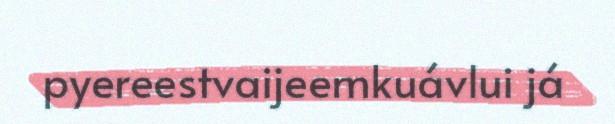
pyereestvaijeemkuávlui já